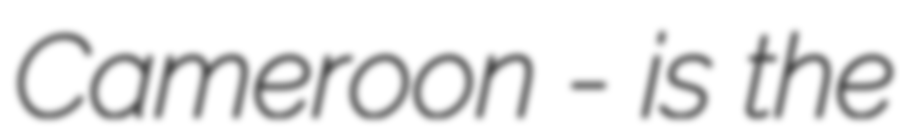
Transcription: Cameroon - is the